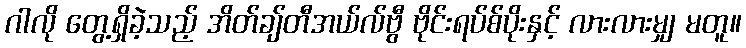
ဂါလို တွေ့ရှိခဲ့သည့် အိတ်ချ်တီအယ်လ်ဗွီ ဗိုင်းရပ်စ်ပိုးနှင့် လားလားမျှ မတူ။